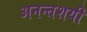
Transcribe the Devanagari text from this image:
अनन्तशयी